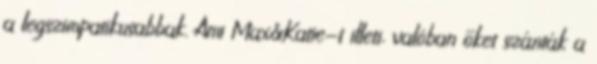
a legszimpatikusabbak. Ami Max&Katie-t illeti, valóban őket szánták a